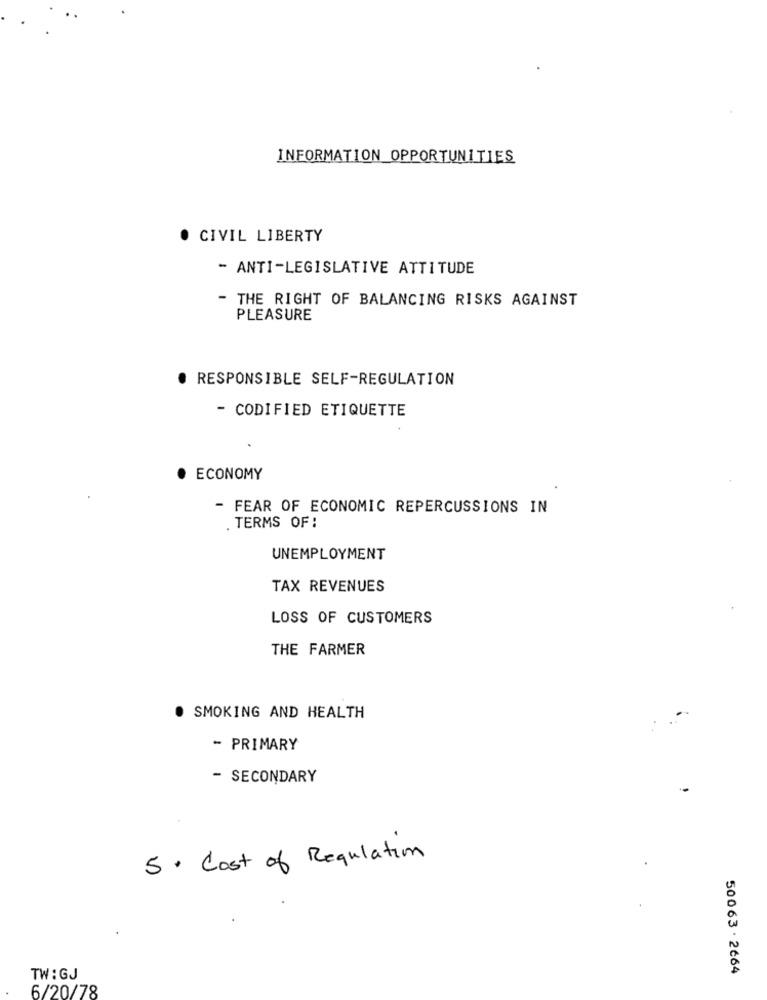
INFORMATION OPPORTUNITIES
. CIVIL LIBERTY
- ANTI-LEGISLATIVE ATTITUDE
- THE RIGHT OF BALANCING RISKS AGAINST
PLEASURE
RESPONSIBLE SELF-REGULATION
- CODIFIED ETIQUETTE
ECONOMY
- FEAR OF ECONOMIC REPERCUSSIONS IN
TERMS OF:
UNEMPLOYMENT
TAX REVENUES
LOSS OF CUSTOMERS
THE FARMER
SMOKING AND HEALTH
- PRIMARY
- SECONDARY
5 . Cost of Regulation
50063 . 2664
TW:GJ
6/20/78